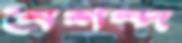
নৈশন্দ